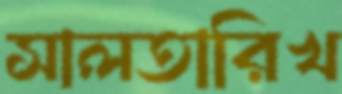
সালতারিখ